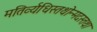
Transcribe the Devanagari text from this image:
मतिर्व्यधिस्तथोन्मदस्तथा